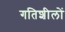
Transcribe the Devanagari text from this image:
गतिशीलों